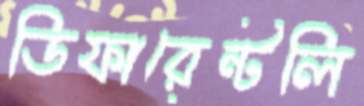
ডিফারেন্টলি